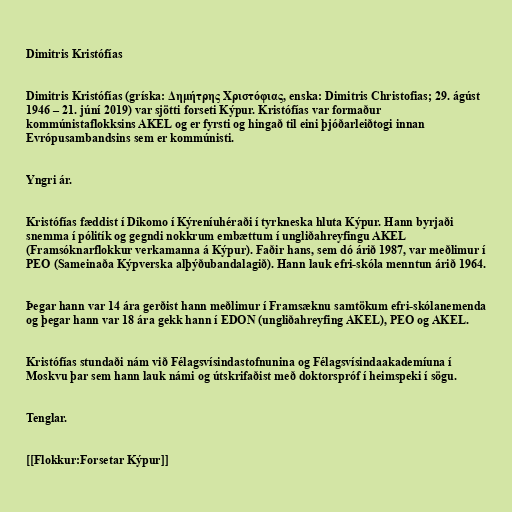
Dimitris Kristófías

Dimitris Kristófías (gríska: Δημήτρης Χριστόφιας, enska: Dimitris Christofias; 29. ágúst
1946 – 21. júní 2019) var sjötti forseti Kýpur. Kristófías var formaður
kommúnistaflokksins AKEL og er fyrsti og hingað til eini þjóðarleiðtogi innan
Evrópusambandsins sem er kommúnisti.

Yngri ár.

Kristófías fæddist í Dikomo í Kýreníuhéraði í tyrkneska hluta Kýpur. Hann byrjaði
snemma í pólitík og gegndi nokkrum embættum í ungliðahreyfingu AKEL
(Framsóknarflokkur verkamanna á Kýpur). Faðir hans, sem dó árið 1987, var meðlimur í
PEO (Sameinaða Kýpverska alþýðubandalagið). Hann lauk efri-skóla menntun árið 1964.

Þegar hann var 14 ára gerðist hann meðlimur í Framsæknu samtökum efri-skólanemenda
og þegar hann var 18 ára gekk hann í EDON (ungliðahreyfing AKEL), PEO og AKEL.

Kristófías stundaði nám við Félagsvísindastofnunina og Félagsvísindaakademíuna í
Moskvu þar sem hann lauk námi og útskrifaðist með doktorspróf í heimspeki í sögu.

Tenglar.

[[Flokkur:Forsetar Kýpur]]